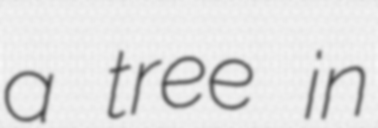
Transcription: a tree in